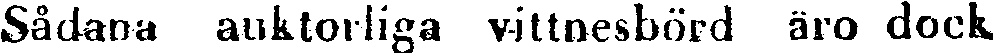
Sådana auktorliga vittnesbörd äro dock,